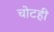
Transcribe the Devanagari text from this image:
चोटही